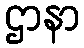
ဌာနာ